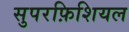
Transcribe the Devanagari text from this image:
सुपरफ़िशियल